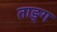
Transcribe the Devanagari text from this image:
ताङ्ग